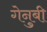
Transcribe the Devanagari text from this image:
गेनुबी